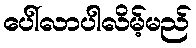
ပေါ်လာပါလိမ့်မည်